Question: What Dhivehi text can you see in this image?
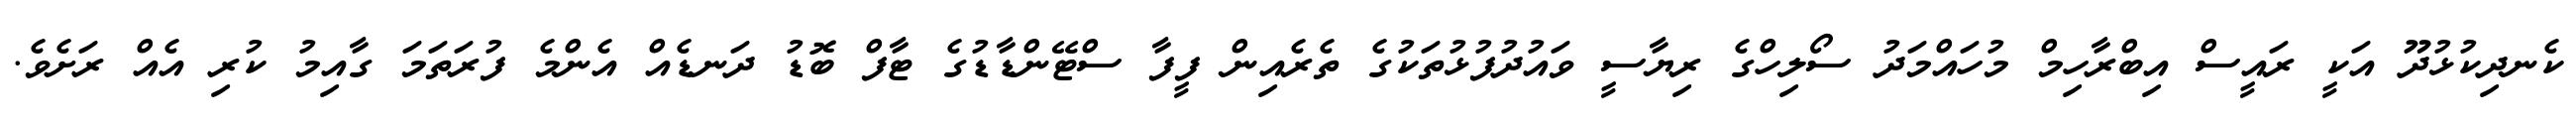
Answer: ކެނދިކުޅުދޫ އަކީ ރައީސް އިބްރާހިމް މުހައްމަދު ސޯލިހްގެ ރިޔާސީ ވައުދުފުޅުތަކުގެ ތެރެއިން ފީފާ ސްޓޭންޑާޑުގެ ޓާފް ބޮޑު ދަނޑެއް އެންމެ ފުރަތަމަ ގާއިމު ކުރި އެއް ރަށެވެ.